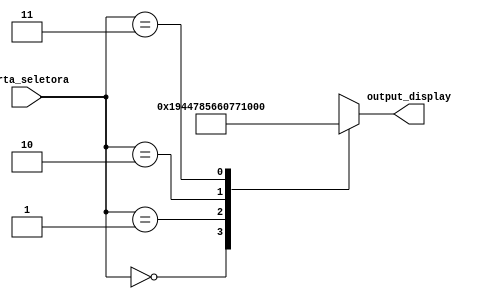
/*MULTIPLEXADOR 64 X 16*/
module mux_64_16(
    output reg [15:0] output_display, 
    input [1:0] porta_seletora
);
    
// CDIGOS DAS ENTRADAS SELETORAS;
    parameter a0 = 2'b00,
              a1 = 2'b01,
              a2 = 2'b10,
              a3 = 2'b11;

// CDIGO DAS PALAVRAS PARA O DECODIFICADOR;
// A CADA 4 BITS TEM-SE UMA LETRA NO DISPLAY
    parameter FULL = 16'b0001100101000100,
              STOP = 16'b0111100001010110,
              PASS = 16'b0110000001110111,
              FAIL = 16'b0001000000110100; 
              
// A PARTIR DAS ENTRADAS SELETORAS ESCOLHER UMA PALAVRAS COMO SADA DO MUX;
    always @(porta_seletora) begin

        case (porta_seletora)
            a0    : output_display <= FULL; 
            a1    : output_display <= STOP;
            a2    : output_display <= PASS;
            a3    : output_display <= FAIL;
				default output_display <= FULL;
        endcase
        
    end
    
endmodule